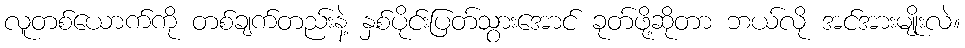
လူတစ်ယောက်ကို တစ်ချက်တည်းနဲ့ နှစ်ပိုင်းပြတ်သွားအောင် ခုတ်ဖို့ဆိုတာ ဘယ်လို အင်အားမျိုးလဲ။